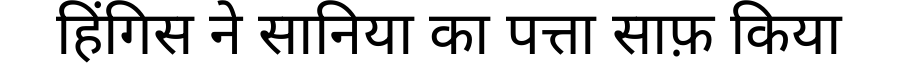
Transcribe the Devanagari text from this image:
हिंगिस ने सानिया का पत्ता साफ़ किया